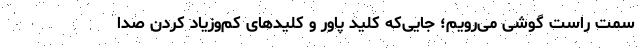
سمت راست گوشی می‌رویم؛ جایی‌که کلید پاور و کلیدهای کم‌وزیاد کردن صدا